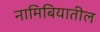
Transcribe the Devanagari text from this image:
नामिबियातील